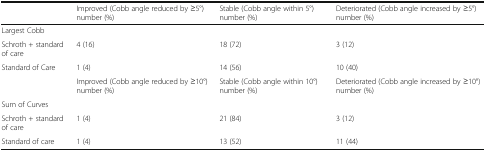
|  | Improved (Cobb angle reduced by ≥5°) number (%) | Stable (Cobb angle within 5°) number (%) | Deteriorated (Cobb angle increased by ≥5°) number (%) |
 | --- | --- | --- | --- |
 | <COLSPAN=4> Largest Cobb |
 | Schroth + standard of care | 4 (16) | 18 (72) | 3 (12) |
 | Standard of Care | 1 (4) | 14 (56) | 10 (40) |
 |  | Improved (Cobb angle reduced by ≥10°) number (%) | Stable (Cobb angle within 10°) number (%) | Deteriorated (Cobb angle increased by ≥10°) number (%) |
 | <COLSPAN=4> Sum of Curves |
 | Schroth + standard of care | 1 (4) | 21 (84) | 3 (12) |
 | Standard of care | 1 (4) | 13 (52) | 11 (44) |